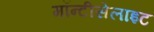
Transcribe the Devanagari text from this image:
मॉन्टीसेलाइट